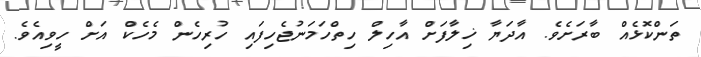
ތަންކޮޅެއް ބާރަށެވެ. އާދަޔާ ޚިލާފަށް އާހިލް ހިތްހަމަނުޖެހިފައި ހުރިހެން މެހެކް އަށް ހީވިއެވެ.